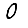
Digit: 0